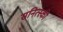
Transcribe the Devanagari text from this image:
सनित्स्की